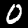
Digit: 0